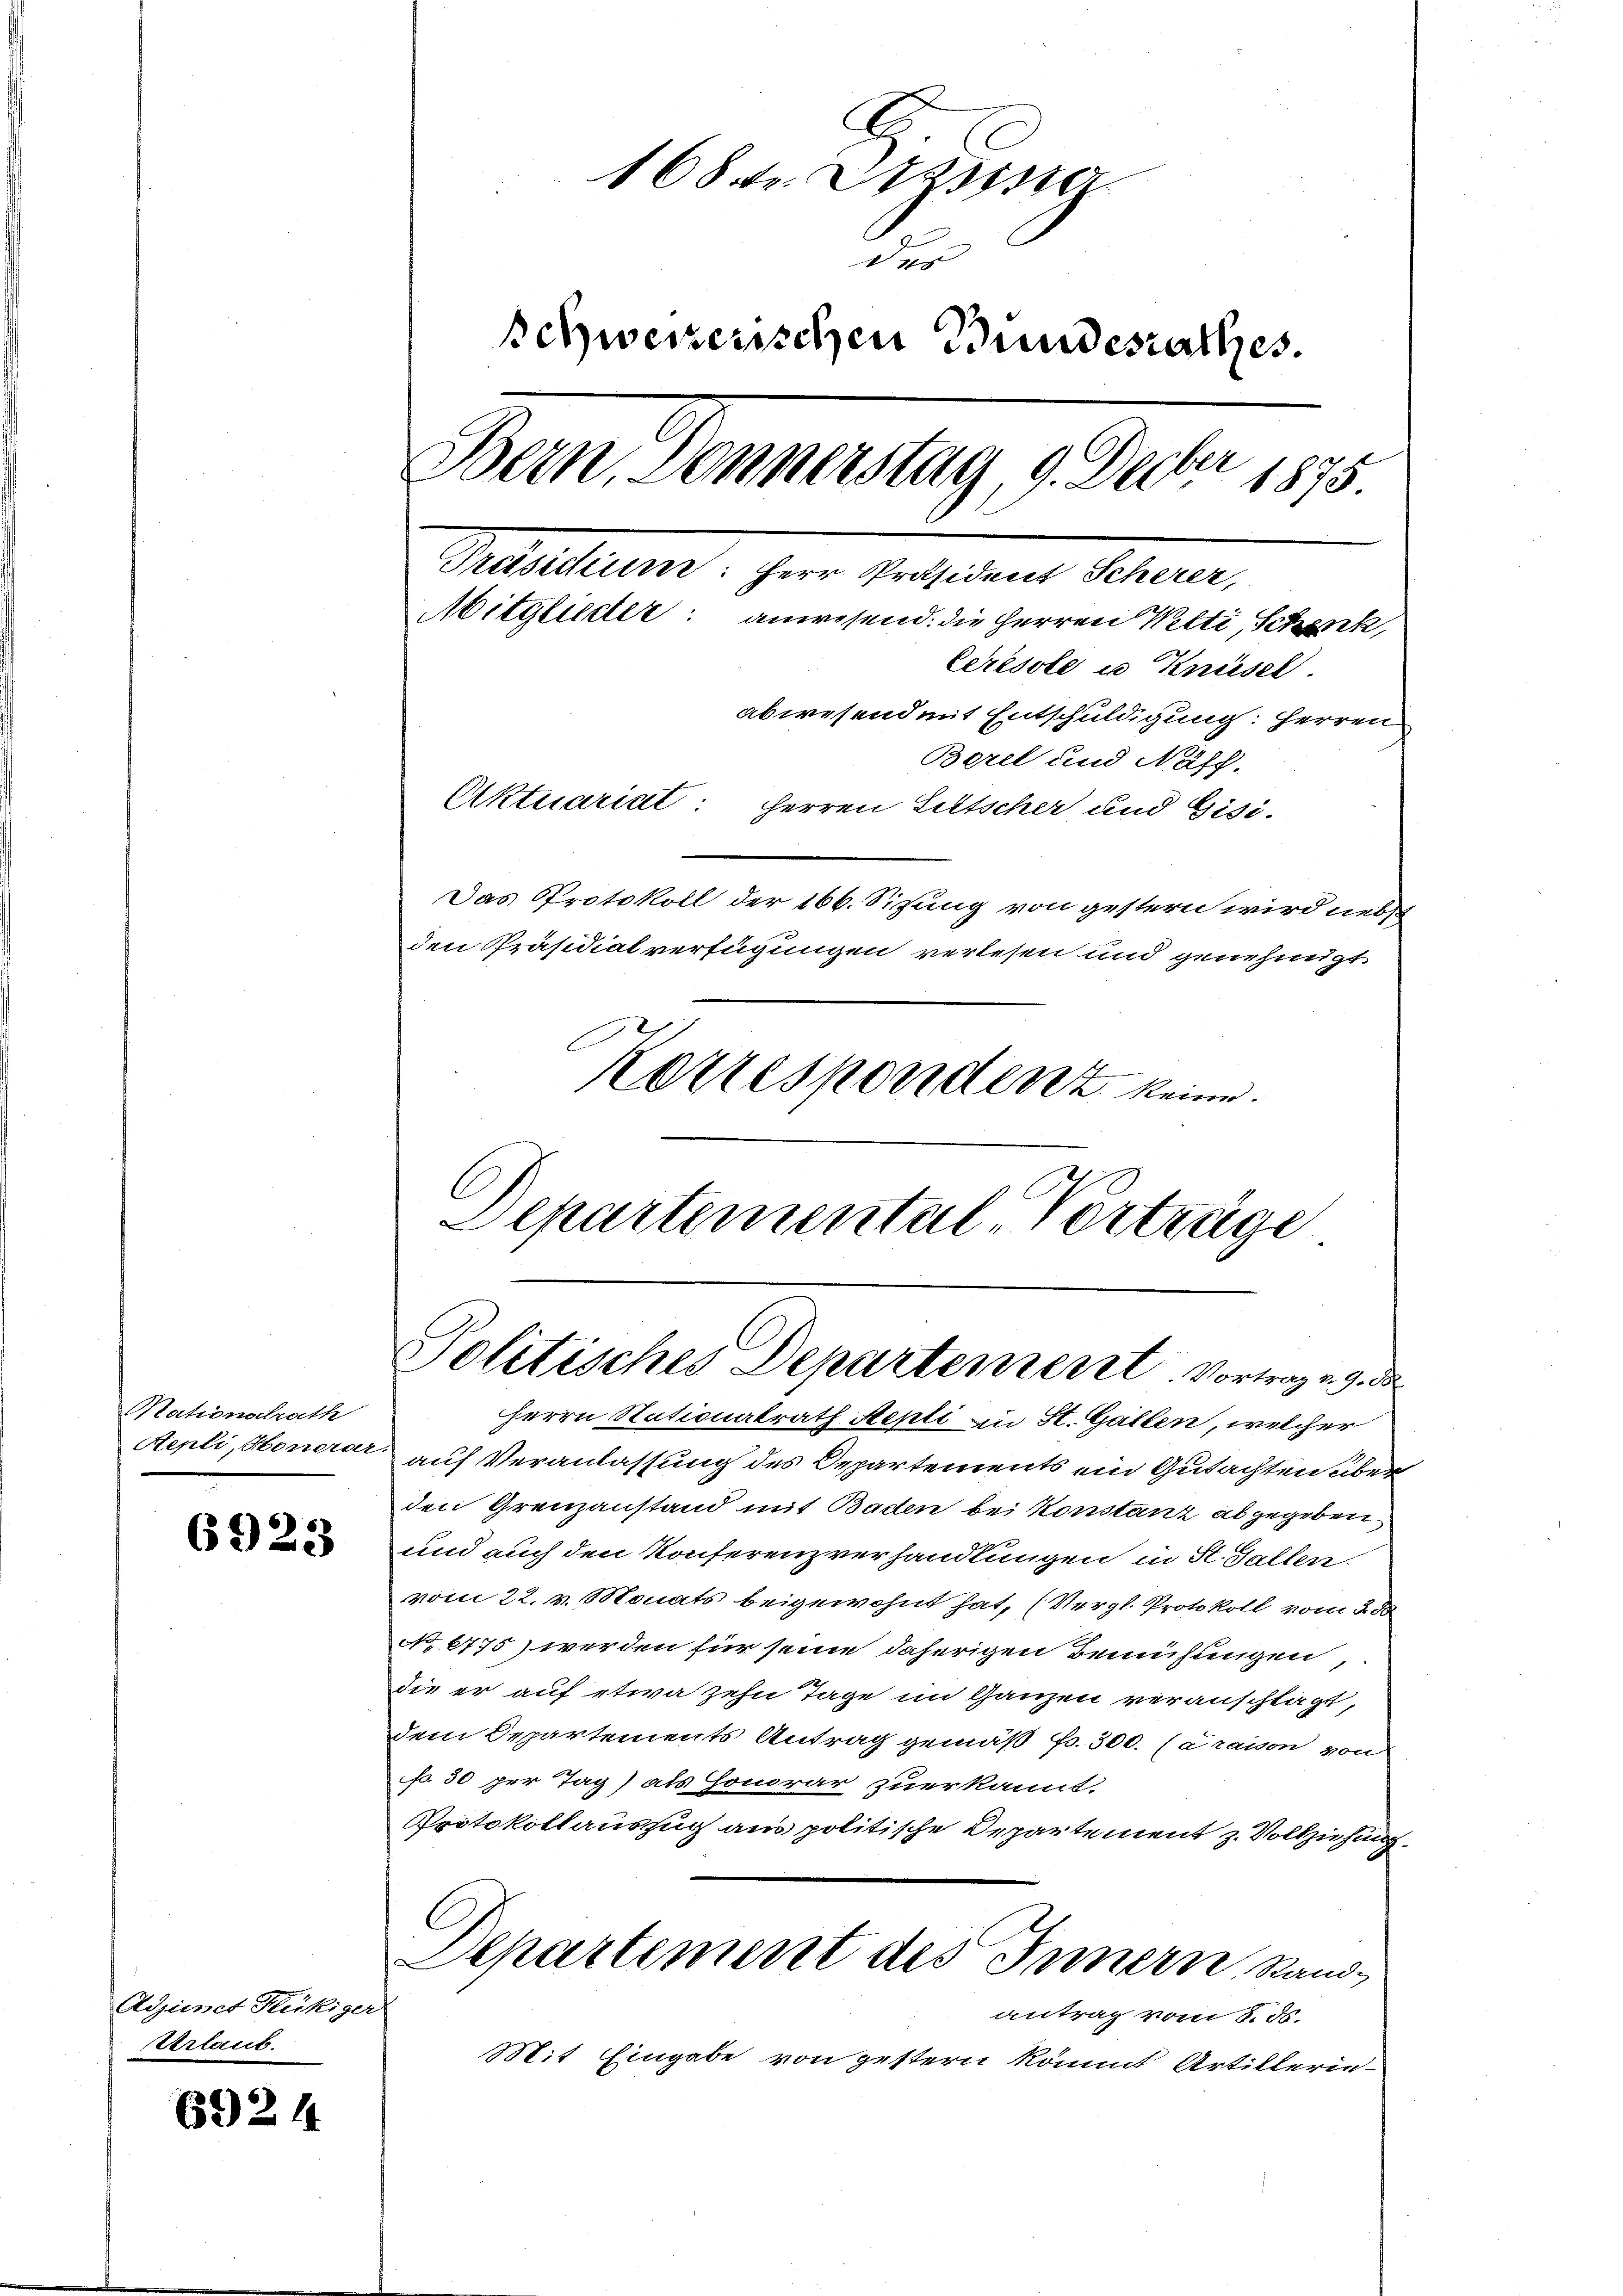
Nationalbrache

6923

Acimet Heckiger
Urlaub.

6924

168. fr. Asse
der
Schweizerischen Bundesrathes.
.
Bern, Donnerstag, 9. Dec. 1875.
Präsidium
Mitglieder: anwesend: die Herren Welti, Schenk,
Ceresste u Knüsel.
abwesend mit Entschuldigung: Herren
Bezel und Näsch-
Aktuariat: Herren Littscher und Gisi-

Das Protokoll der 166. Sitzung von gestern wird nebst
den Präsidialverfügungen verlesen und genehmigt
Korrespondenz keine
C

Departemental, Vorträge
Politisches Departement. Vortrag v. 9. de

Herrn Stationalrath Mepti an St. Gallen, welcher
Aepli, Honerar auf Veranlassung des Departements ein Gutachten über
den Grenzanstand mit Baden bei Konstanz abgegeben
und auch den Konferenzverhandlungen in St. Gallen.
vom 22. v. Monats beigewohnt hat, (Vergl. Protokoll vom 258.
No 6775) werden für seine daherigen Bemühungen,
die er auf etwa zehn Tage im Ganzen veranschlägt,
dem Departements Antrag gemäß fr. 300. (araison von
f 30 per Tag) als Honorar zuerkannt.
Protokollauszug aus politische Departement z. Vollziehung.
Departement des Innern, Sand
antrag vom 8. ds.
Mit Eingabe von gestern kommt Artillerin-